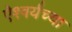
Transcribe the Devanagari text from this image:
ऐश्वर्यच्या